Standards of the constituents of the urine and blood and the bearing of the metabolism of Bengalis on the problems of nutrition - Number 34
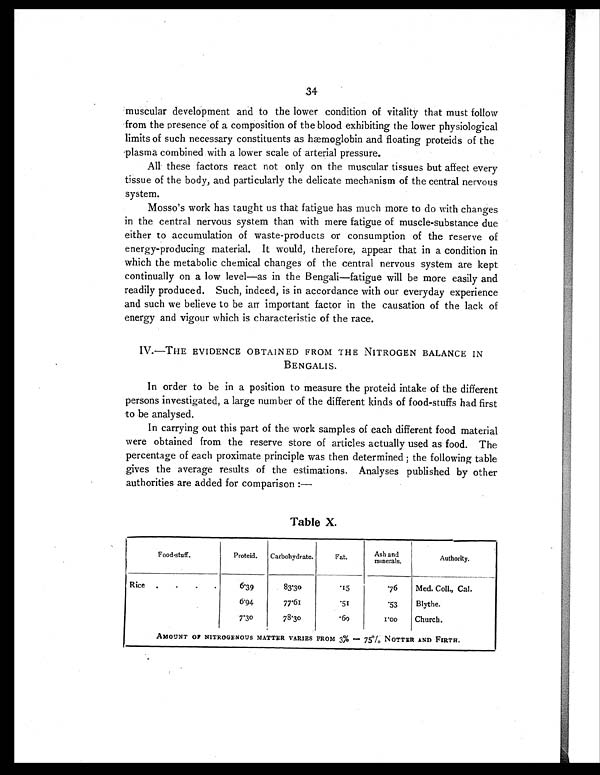
34
muscular development and to the lower condition of vitality that must follow
from the presence of a composition of the blood exhibiting the lower physiological
limits of such necessary constituents as hæmoglobin and floating proteids of the
plasma combined with a lower scale of arterial pressure.
All these factors react not only on the muscular tissues but affect every
tissue of the body, and particularly the delicate mechanism of the central nervous
system.
Mosso's work has taught us that fatigue has much more to do with changes
in the central nervous system than with mere fatigue of muscle-substance due
either to accumulation of waste-products or consumption of the reserve of
energy-producing material. It would, therefore, appear that in a condition in
which the metabolic chemical changes of the central nervous system are kept
continually on a low level—as in the Bengali—fatigue will be more easily and
readily produced. Such, indeed, is in accordance with our everyday experience
and such we believe to be an important factor in the causation of the lack of
energy and vigour which is characteristic of the race.
IV.—THE EVIDENCE OBTAINED FROM THE NITROGEN BALANCE IN
BENGALIS.
In order to be in a position to measure the proteid intake of the different
persons investigated, a large number of the different kinds of food-stuffs had first
to be analysed.
In carrying out this part of the work samples of each different food material
were obtained from the reserve store of articles actually used as food. The
percentage of each proximate principle was then determined ; the following table
gives the average results of the estimations. Analyses published by other
authorities are added for comparison :—
Table X.
Food-stuff.
Proteid.
Carbohydrate.
Fat.
Ash and
m i n e r a l s .
Authority.
Rice .
.
.
.
6.39
83.30
.15
.76
Med. Coll., Cal.
6.94
77.61
.51
.53
Blythe.
7.30
78.30
.60
1 . 0 0
Church.
AMOUNT OF NITROGENOUS MATTER VARIES FROM 3% — 75% NOTTER AND FIRTH.